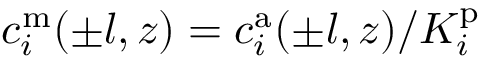
c _ { i } ^ { \mathrm { m } } ( \pm l , z ) = c _ { i } ^ { \mathrm { a } } ( \pm l , z ) / K _ { i } ^ { \mathrm { p } }